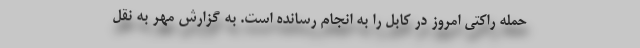
حمله راکتی امروز در کابل را به انجام رسانده است. به گزارش مهر به نقل